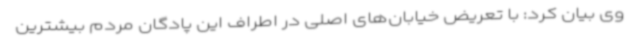
وی بیان کرد: با تعریض خیابان‌های اصلی در اطراف این پادگان مردم بیشترین